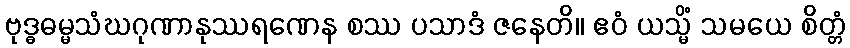
ဗုဒ္ဓဓမ္မသံဃဂုဏာနုဿရဏေန စဿ ပသာဒံ ဇနေတိ။ ဧဝံ ယသ္မိံ သမယေ စိတ္တံ